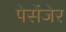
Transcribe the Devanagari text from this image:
पेसेंजेर